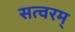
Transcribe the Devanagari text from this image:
सत्वरम्